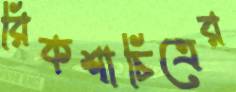
রিকশাচিত্রের